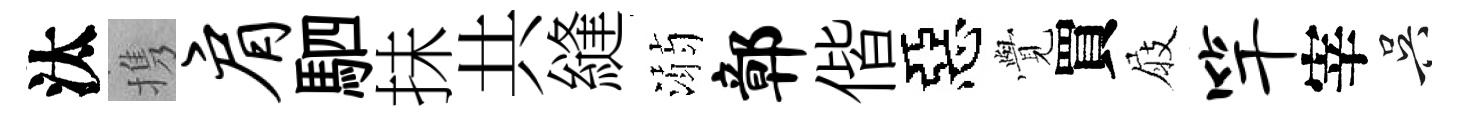
汰携肩駟抺共縫溺鄣偕惡𮗜買屐竿宰吴